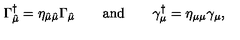
\Gamma _ { \hat { \mu } } ^ { \dagger } = \eta _ { \hat { \mu } \hat { \mu } } \Gamma _ { \hat { \mu } } \qquad \mathrm { a n d } \qquad \gamma _ { \mu } ^ { \dagger } = \eta _ { \mu \mu } \gamma _ { \mu } ,